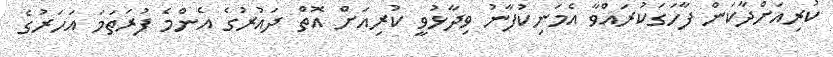
ކުރިއަށްދާކަން ފާހަގަކުރައްވާ އެމަނިކުފާނު ވިދާޅުވީ ކުރިއަށް އޮތް ދައުރުގެ އެންމެ ފުރަތަމަ އަހަރުގެ